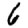
Digit: 6